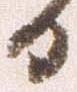
日